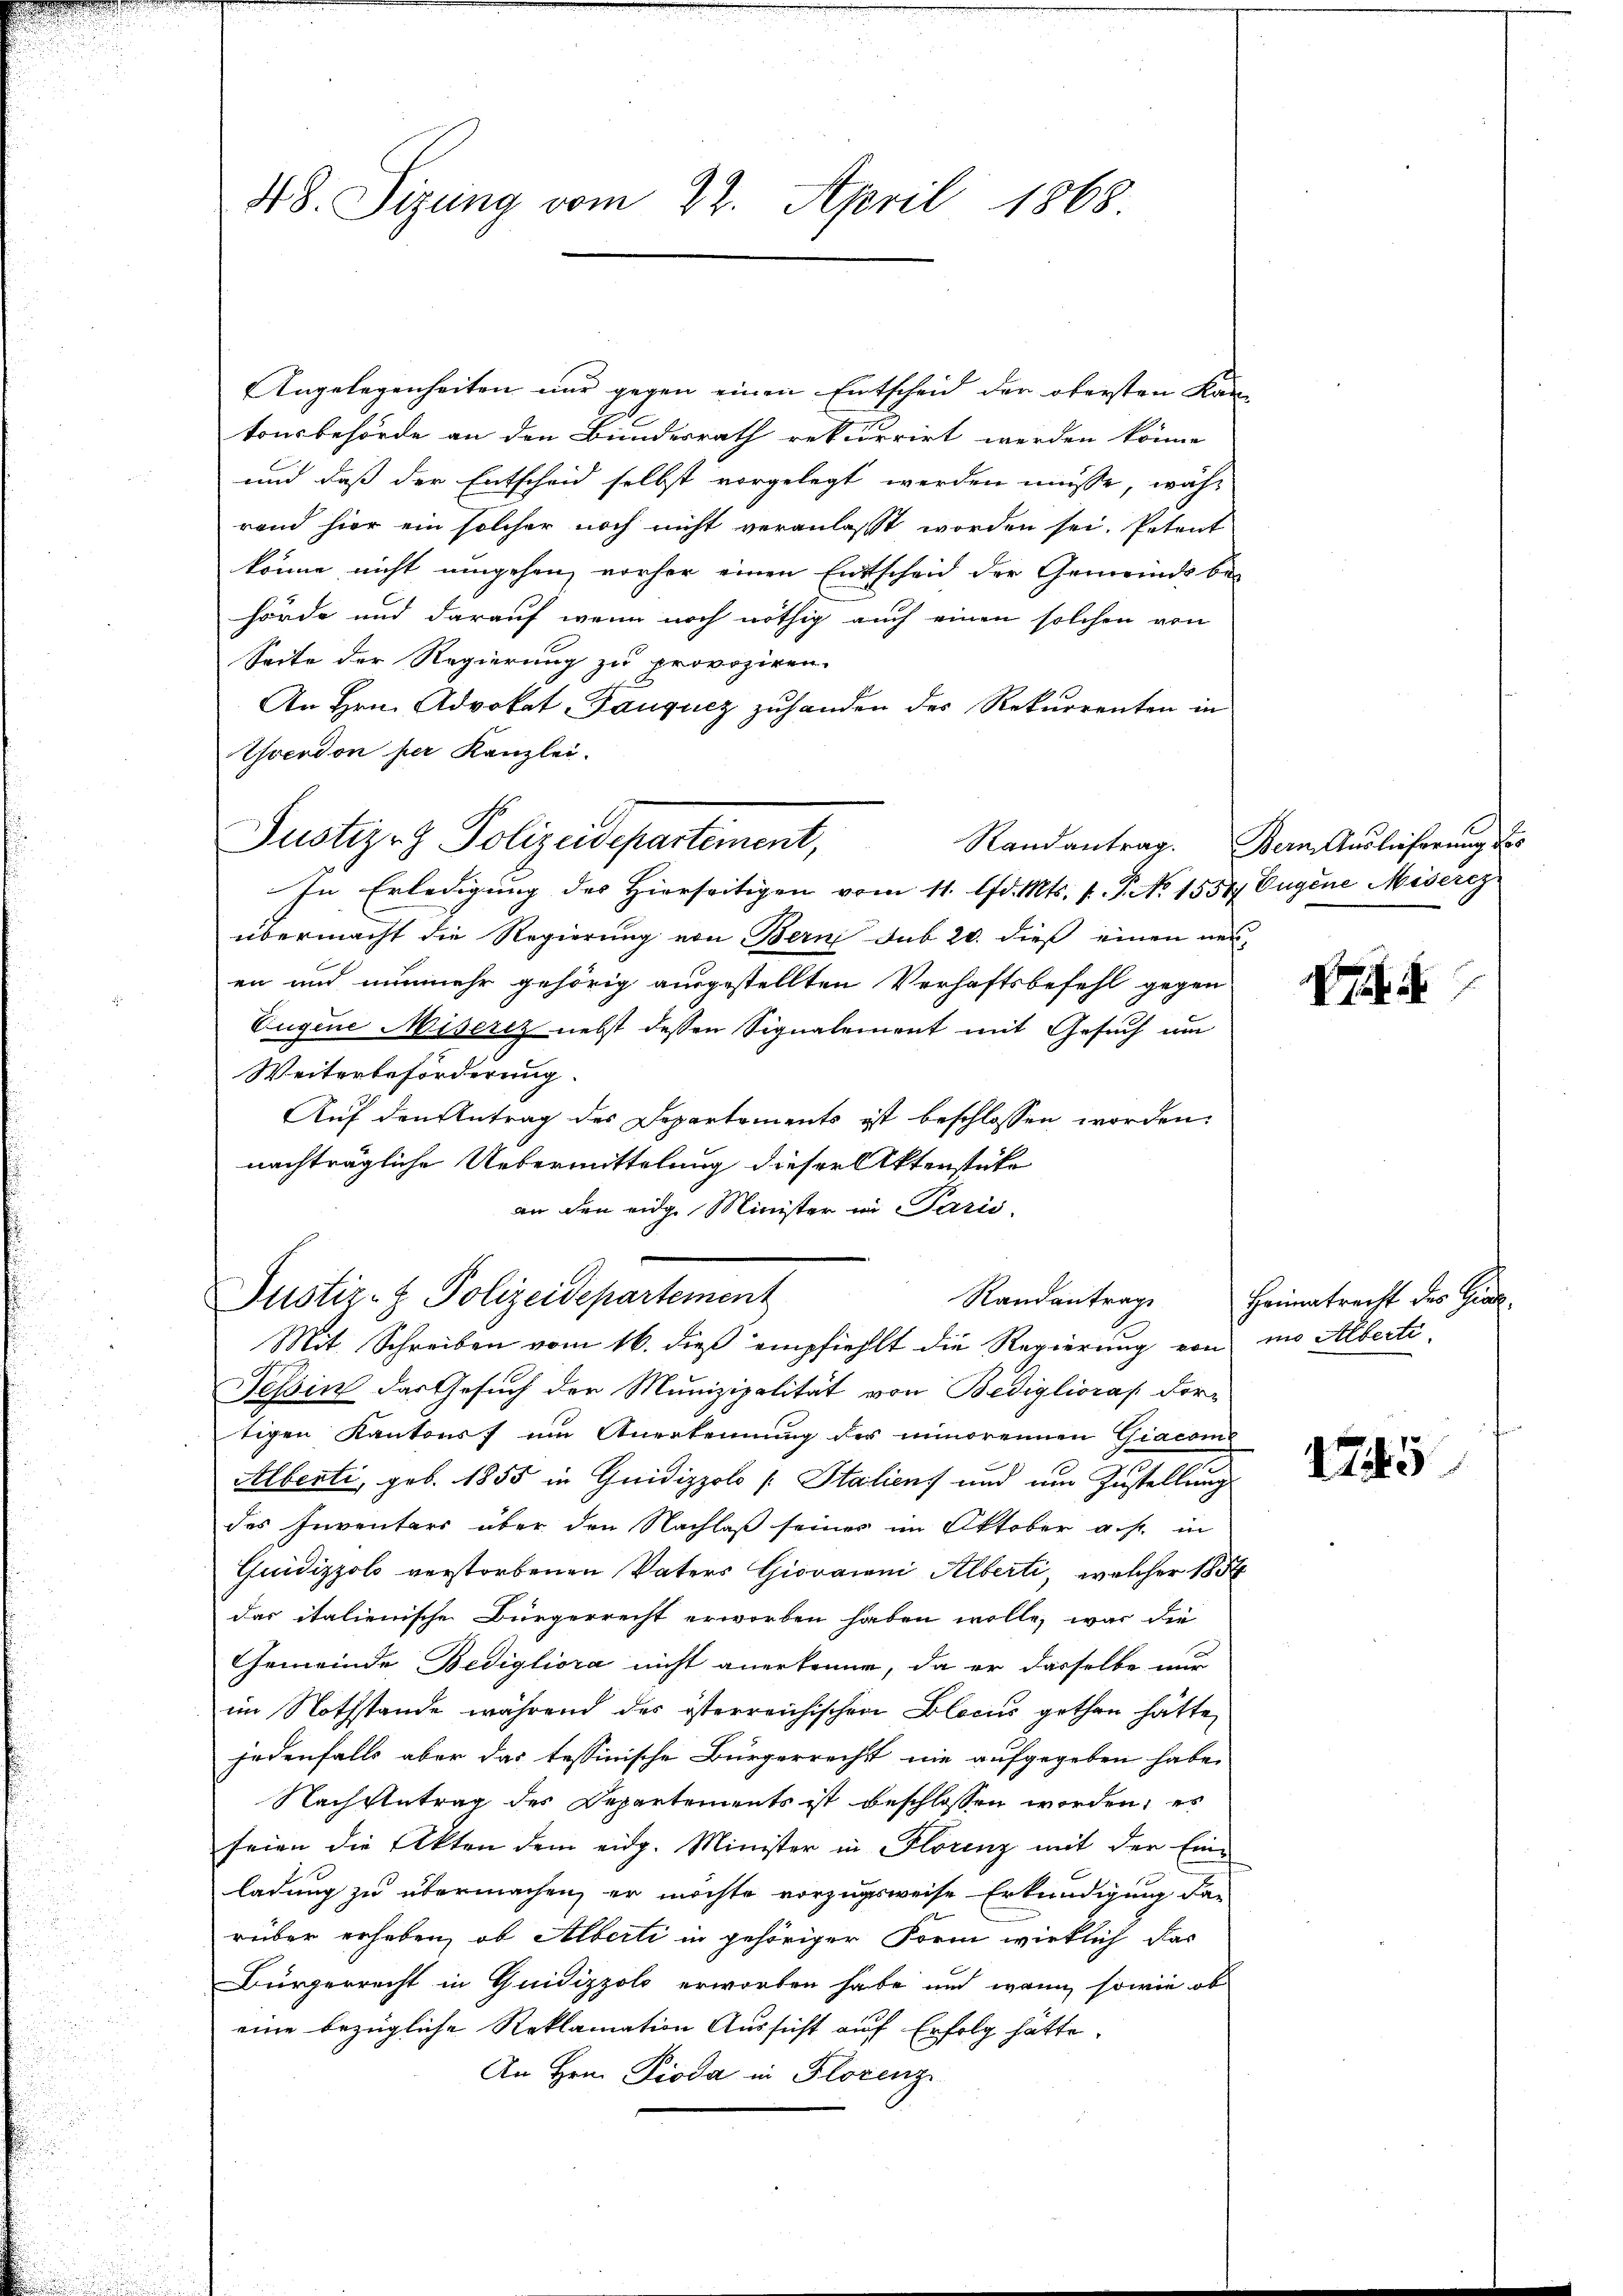
Angelegenheiten nur gegen einen Entscheid der obersten Kantonsbehörde an den Bundesrath rekurrirt werden könne
und daß der Entscheid selbst vorgelegt werden müsse, währ
rand hier ein solcher noch nicht veranlasst worden sei. Petent
könne nicht umgehen, vorher einen Entscheid der Gemeindsbehörde und darauf wenn noch nöthig auch einen solchen von
Seite der Regierung zu provoziren.
An Hrn. Advokat-Tauquez zuhanden des Rekurrenten in
Iendon per Kanzlei.
In Erledigung des Hierseitigen vom 11. d. Mts. f. P. No 15587 Eugene Miserez
übermacht die Regierung von Bern sub 20. dieß einen neuen und nunmehr gehörig ausgestellten Verhaftsbefehl gegen
Eugene Miserez nebst dessen Signalement mit Gesuch um
Weiterbeförderung.
Auf den Antrag des Departements ist beschlossen worden:
nachträgliche Uebermittelung dieser Aktenstücke
an den eige Minister in Paris,
Justiz- & Polizeidepartement
Randantrag
Mit Schreiben vom 16. dieß empfiehlt die Regierung von io Alberti
Tessin das Gesuch der Munizipalität von Bediglioras dortigen Kantons um Anerkennung der minorennen Giacome
Alberti, geb. 1855 in Guidizzolo [Staliens und um Zustellung
des Inventars über den Nachlaß seines im Oktober a.h. in
Quidizzolo verstorbenen Vaters Giovanni Alberti, welcher 185
das italienische Bürgerrecht erworben haben wolle, was die
Gemeinde Bedigliora nicht anerkenne, da er dasselbe nur
im Nothstande während des österreichischen Blocus gethan hätte,
jedenfalls aber das tessinische Bürgerrecht nie aufgegeben habe.
Nach Antrag des Departements ist beschlossen worden; es
seien die Akten dem eidg. Minister in Florenz mit der Ein-
ladung zu übermachen, er möchte vorzugsweise Erkundigung dar
rüber erheben, ob Alberti in gehöriger Form wirklich das
Bürgerrecht in Guidizzolo erworben habe und wenn sowie ob
eine bezügliche Reklamation Aussicht auf Erfolg hätte.
An Hrn. Pioda in Florenz

48. Sizung vom 22. April 1868

Justiz- & Polizeidepartement,

Randantrag. Bern Auslieferung des

E. 4

Heimatrecht des Giol

1745